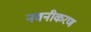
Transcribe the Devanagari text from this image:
नवनीकरण